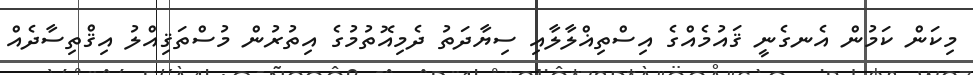
މިކަން ކަމުން އެނގެނީ ޤައުމެއްގެ އިސްތިޣްލާލާއި ސިޔާދަތު ދެމިއޮތުމުގެ އިތުރުން މުސްތަޤިއްލު އިޤްތިސާދެއް